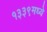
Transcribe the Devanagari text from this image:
१३३९मध्ये